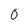
Character: 0